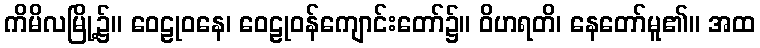
ကိမိလမြို့၌။ ဝေဠုဝနေ၊ ဝေဠုဝန်ကျောင်းတော်၌။ ဝိဟရတိ၊ နေတော်မူ၏။ အထ